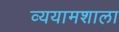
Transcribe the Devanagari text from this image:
व्ययामशाला